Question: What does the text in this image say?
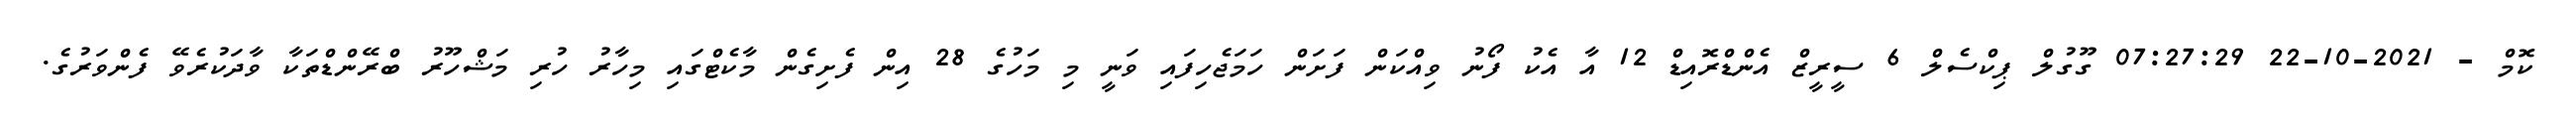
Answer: ކޮމް - 2021-10-22 07:27:29 ގޫގުލް ޕިކްސެލް 6 ސީރީޒް އެންޑްރޮއިޑް 12 އާ އެކު ފޯނު ވިއްކަން ފަށަން ހަމަޖެހިފައި ވަނީ މި މަހުގެ 28 އިން ފެށިގެން މާކެޓްގައި މިހާރު ހުރި މަޝްހޫރު ބްރޭންޑްތަކާ ވާދަކުރެވޭ ފެންވަރުގެ.